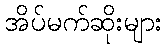
အိပ်မက်ဆိုးများ